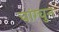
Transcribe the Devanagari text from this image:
चांग्चुन